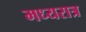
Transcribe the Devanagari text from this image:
मध्यरात्र